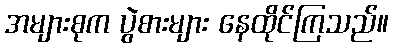
အများစုက ပွဲစားများ နေထိုင်ကြသည်။